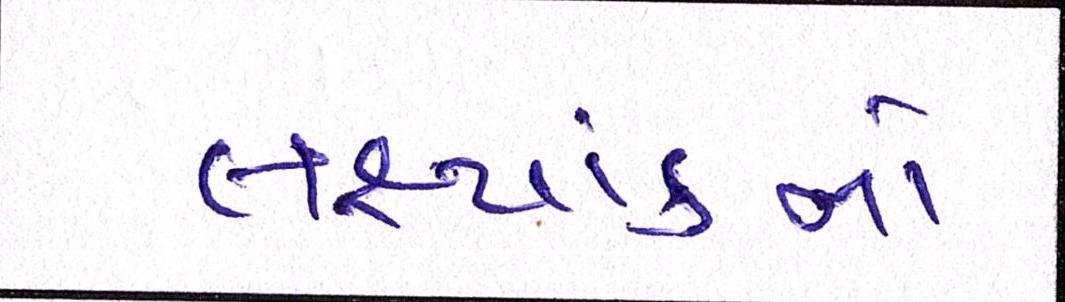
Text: લક્ષ્યાંકનો